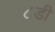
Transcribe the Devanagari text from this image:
८डी